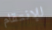
للإنتقام